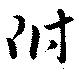
附